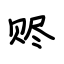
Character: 赆